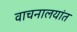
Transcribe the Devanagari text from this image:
वाचनालयांत